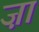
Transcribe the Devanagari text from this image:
ज़ां